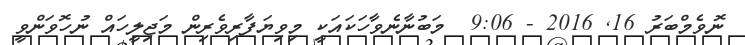
ނޮވެމްބަރު 16